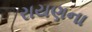
રાયણના